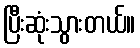
ပြီးဆုံးသွားတယ်။